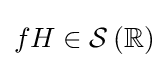
fH\in {\mathcal {S}}\left(\mathbb {R} \right)